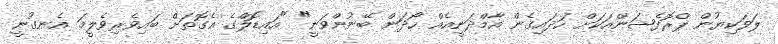
ލަވަކިޔުން ޕްރޮފެޝަންއަކަށް ހަދައިގެން އާމްދަނީއެއް ހޯދަން ބޭނުންވަނީ" "އައިޑޮލްގެ އެގޮތަށް ބައިވެރިވެލީމަ އެނގުނީ